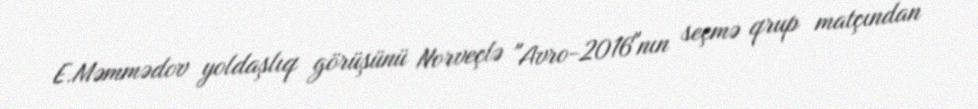
E.Məmmədov yoldaşlıq görüşünü Norveçlə "Avro-2016"nın seçmə qrup matçından